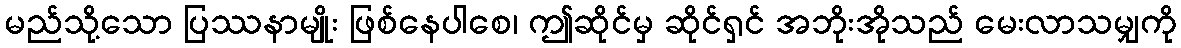
မည်သို့သော ပြဿနာမျိုး ဖြစ်နေပါစေ၊ ဤဆိုင်မှ ဆိုင်ရှင် အဘိုးအိုသည် မေးလာသမျှကို